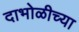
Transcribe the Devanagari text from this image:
दाभोळीच्या